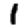
Digit: 1